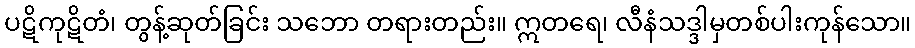
ပဋိကုဋိတံ၊ တွန့်ဆုတ်ခြင်း သဘော တရားတည်း။ ဣတရေ၊ လီနံသဒ္ဒါမှတစ်ပါးကုန်သော။